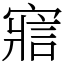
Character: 寣